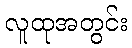
လူထုအတွင်း